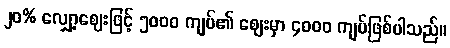
၂၀% လျှော့ဈေးဖြင့် ၅၀၀၀ ကျပ်၏ ဈေးမှာ ၄၀၀၀ ကျပ်ဖြစ်ပါသည်။